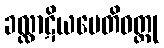
ခလ္လာဋိယပေတိဝတ္ထု